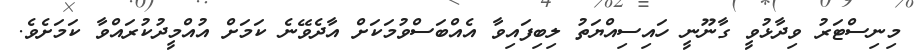
މިނިސްޓަރު ވިދާޅުވީ ގާނޫނީ ހައިސިއްޔަތު ލިބިފައިވާ އެއްބަސްވުމަކަށް އާދެވޭނެ ކަމަށް އުއްމީދުކުރައްވާ ކަމަށެވެ.